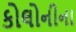
કોલોનીના